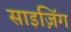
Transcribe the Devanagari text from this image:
साइज़िंग